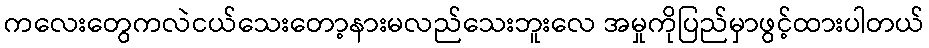
ကလေးတွေကလဲငယ်သေးတော့နားမလည်သေးဘူးလေ အမှုကိုပြည်မှာဖွင့်ထားပါတယ်